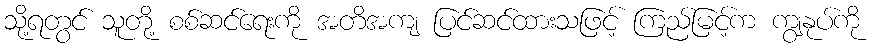
သို့ရတွင် သူတို့ စစ်ဆင်ရေးကို အတိအကျ ပြင်ဆင်ထားသဖြင့် ကြည်မြင့်က ကျွနုပ်ကို